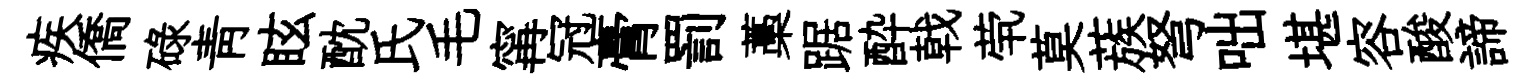
疾僑碌靑眩酖氏毛𡩋冠膏罰藁踞酔戟茕莫蔟弩咄堪容酸諦